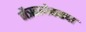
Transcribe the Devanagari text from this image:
नैऋत्येकडचा